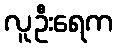
လူဦးရေက